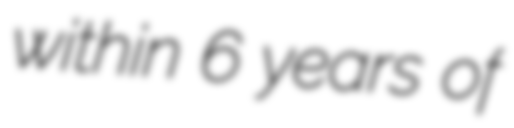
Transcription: within 6 years of